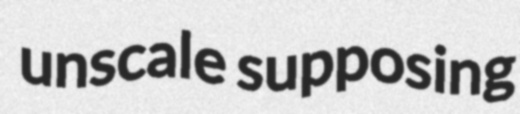
unscale supposing